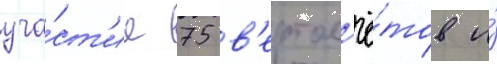
уча́ст'ие 75 в'ертол'ё́тов и́